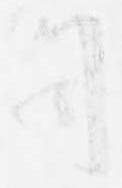
司